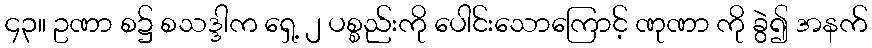
၄၃။ ဥဏာ စ၌ စသဒ္ဒါက ရှေ့ ၂ ပစ္စည်းကို ပေါင်းသောကြောင့် ဏုဏာ ကို ခွဲ၍ အနက်